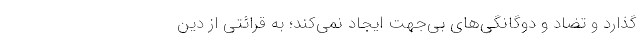
‌گذارد و تضاد و دوگانگی‌های بی‌جهت ایجاد نمی‌کند؛ به قرائتی از دین